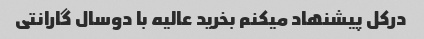
درکل پیشنهاد میکنم بخرید عالیه با دوسال گارانتی